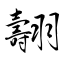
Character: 翿